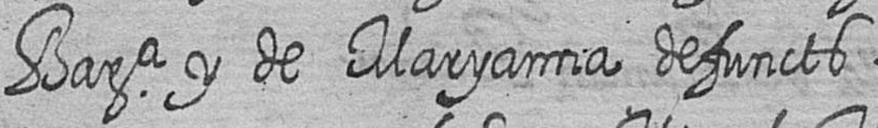
Bara y de Maryanna defuncts